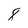
Character: 8